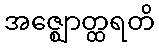
အဇ္ဈောတ္ထရတိ